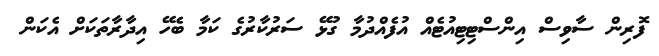
ފޮރިން ސާވިސް އިންސްޓިޓިއުޓެއް އުފެއްދުމާ ގުޅޭ ސަރުކާރުގެ ކަމާ ބެހޭ އިދާރާތަކަށް އެކަން